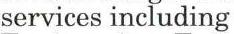
services including